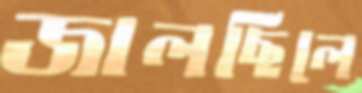
জালছিলে